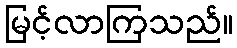
မြင့်လာကြသည်။